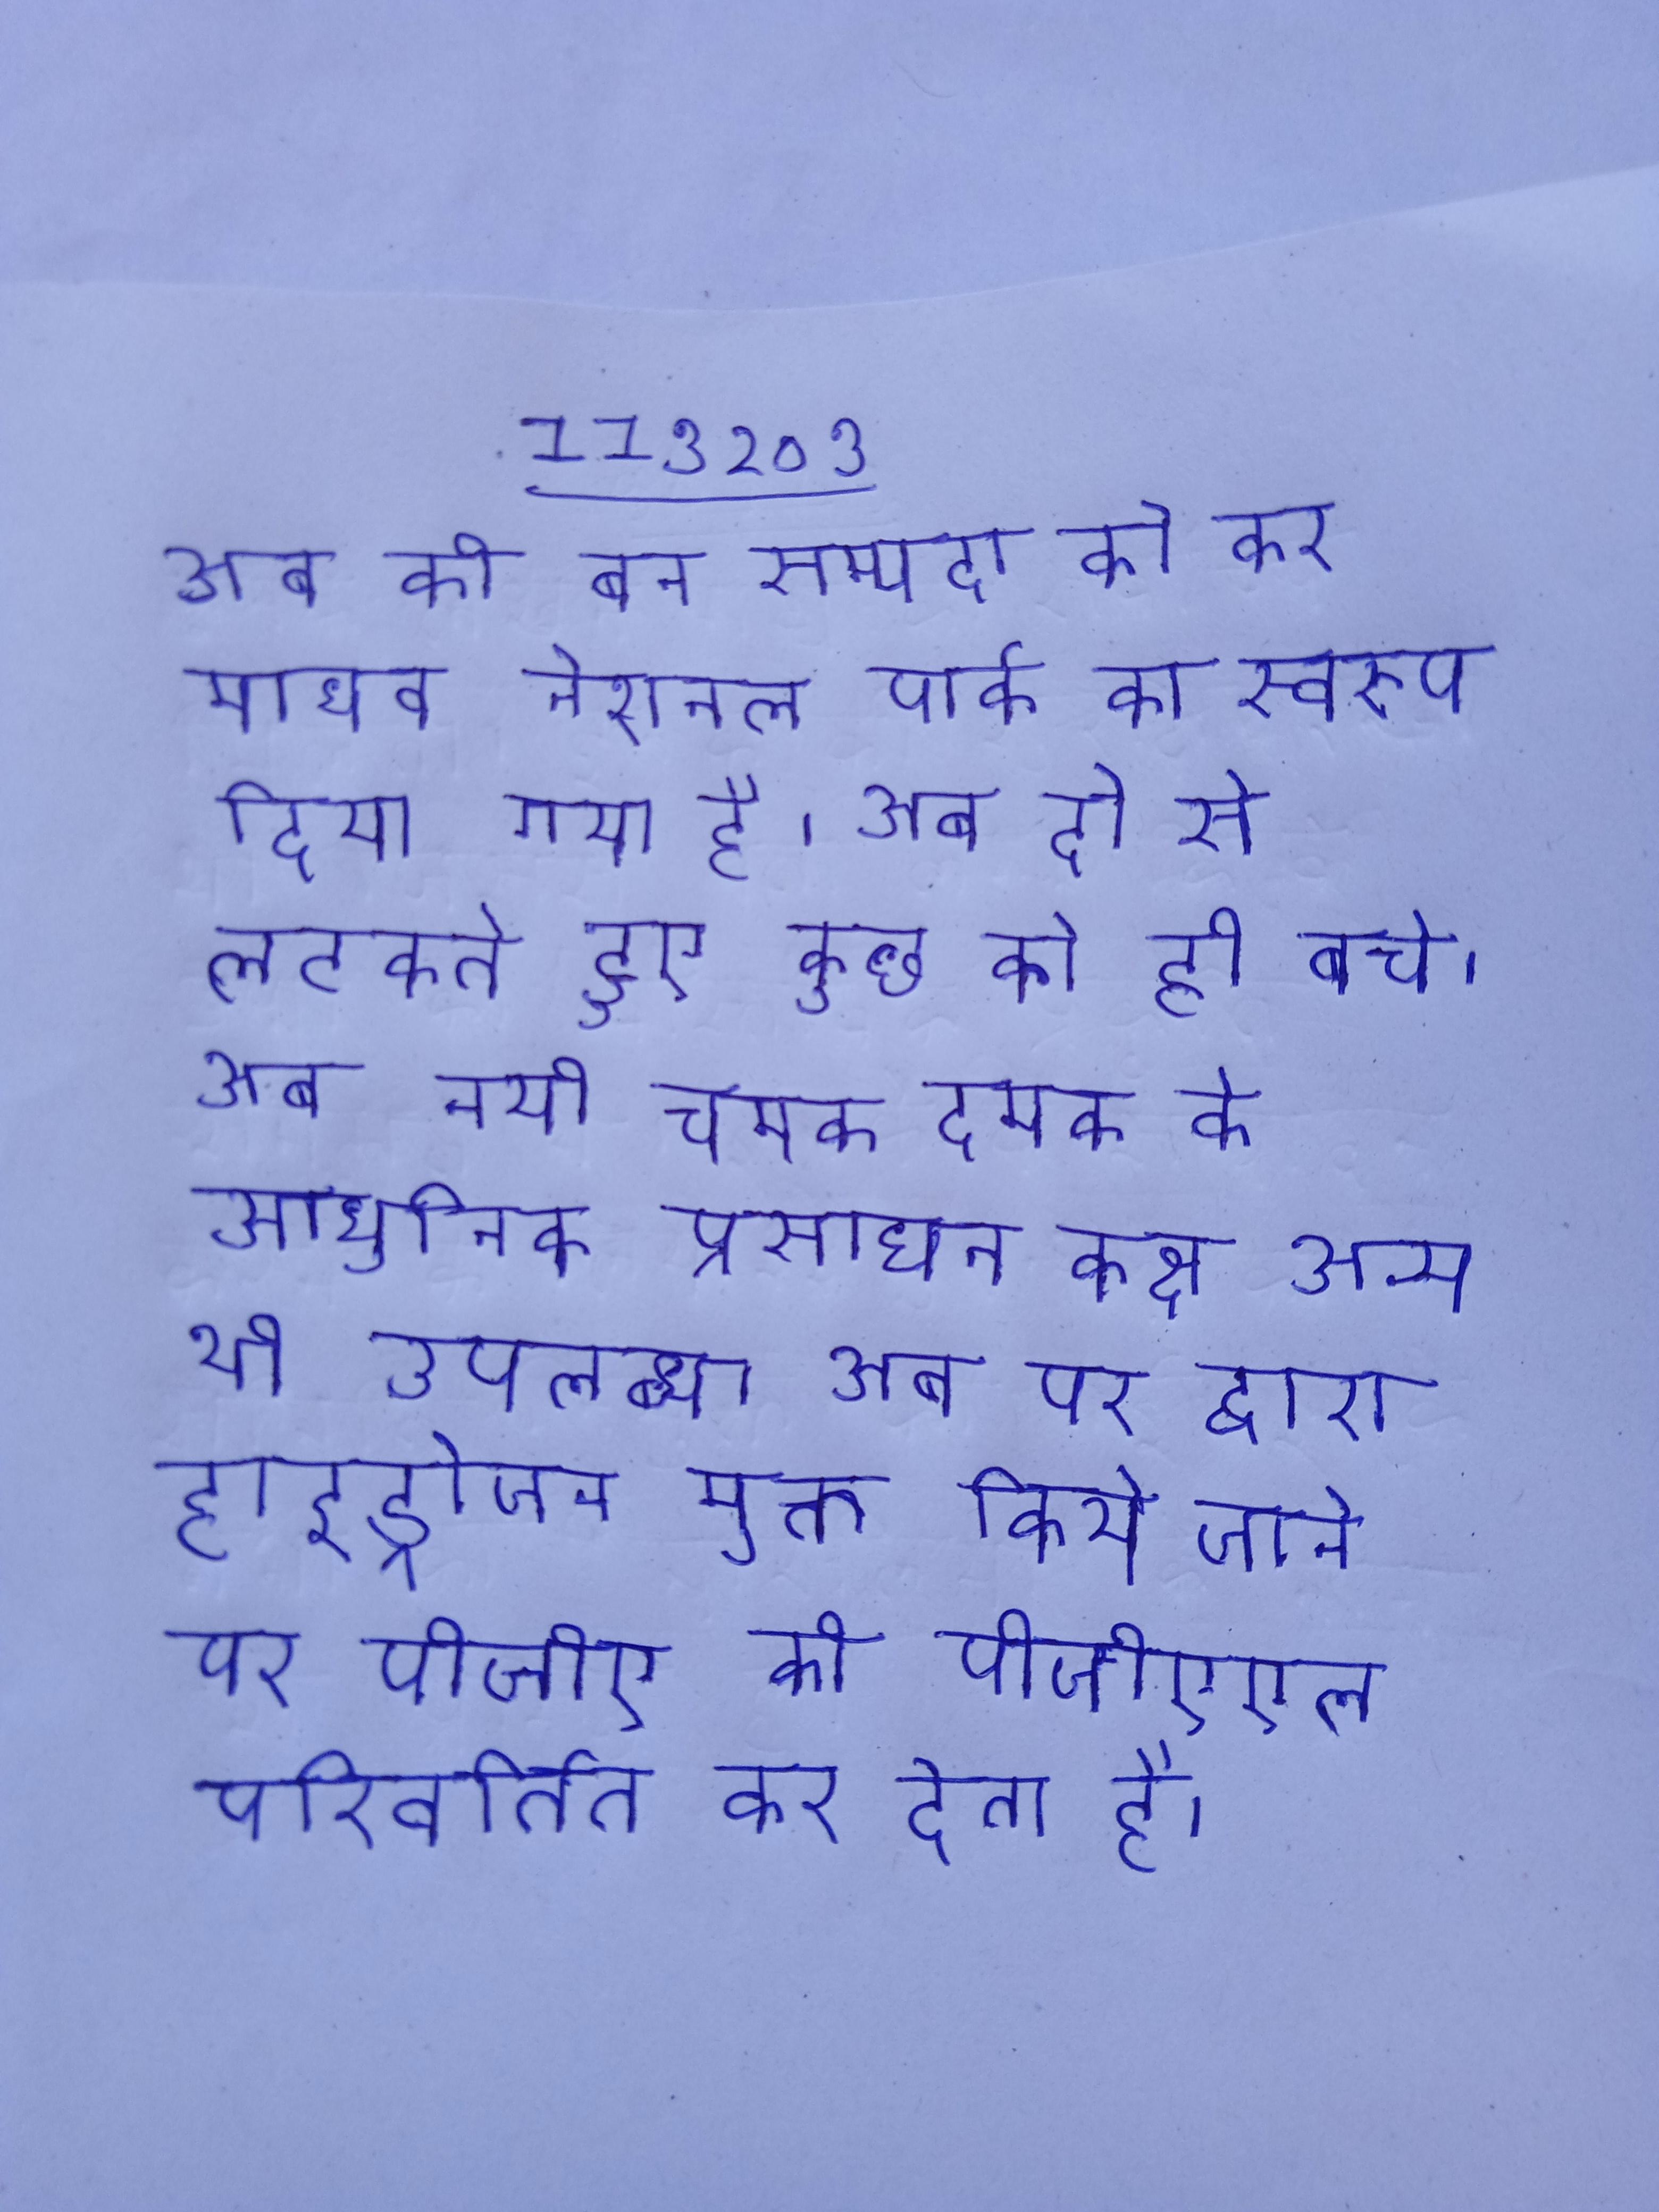
अब की वन सम्पदा को कर माधव नेशनल पार्क का स्वरूप दिया गया है । अब दो से लटकते हुए कुछ के ही बचे । अब नयी चमक दमक के आधुनिक प्रसाधन कक्ष अन्य भी उपलब्ध । अब पर द्वारा हाइड्रोजन मुक्त किये जाने पर पीजीए को पीजीएएल परिवर्तित कर देता है ।